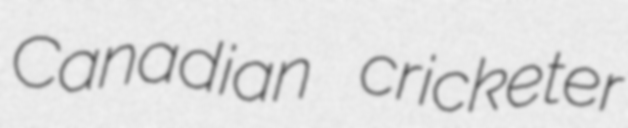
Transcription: Canadian cricketer